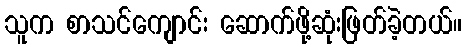
သူက စာသင်ကျောင်း ဆောက်ဖို့ဆုံးဖြတ်ခဲ့တယ်။